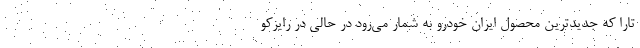
تارا که جدیدترین محصول ایران خودرو به شمار می‌رود در حالی در رایزکو